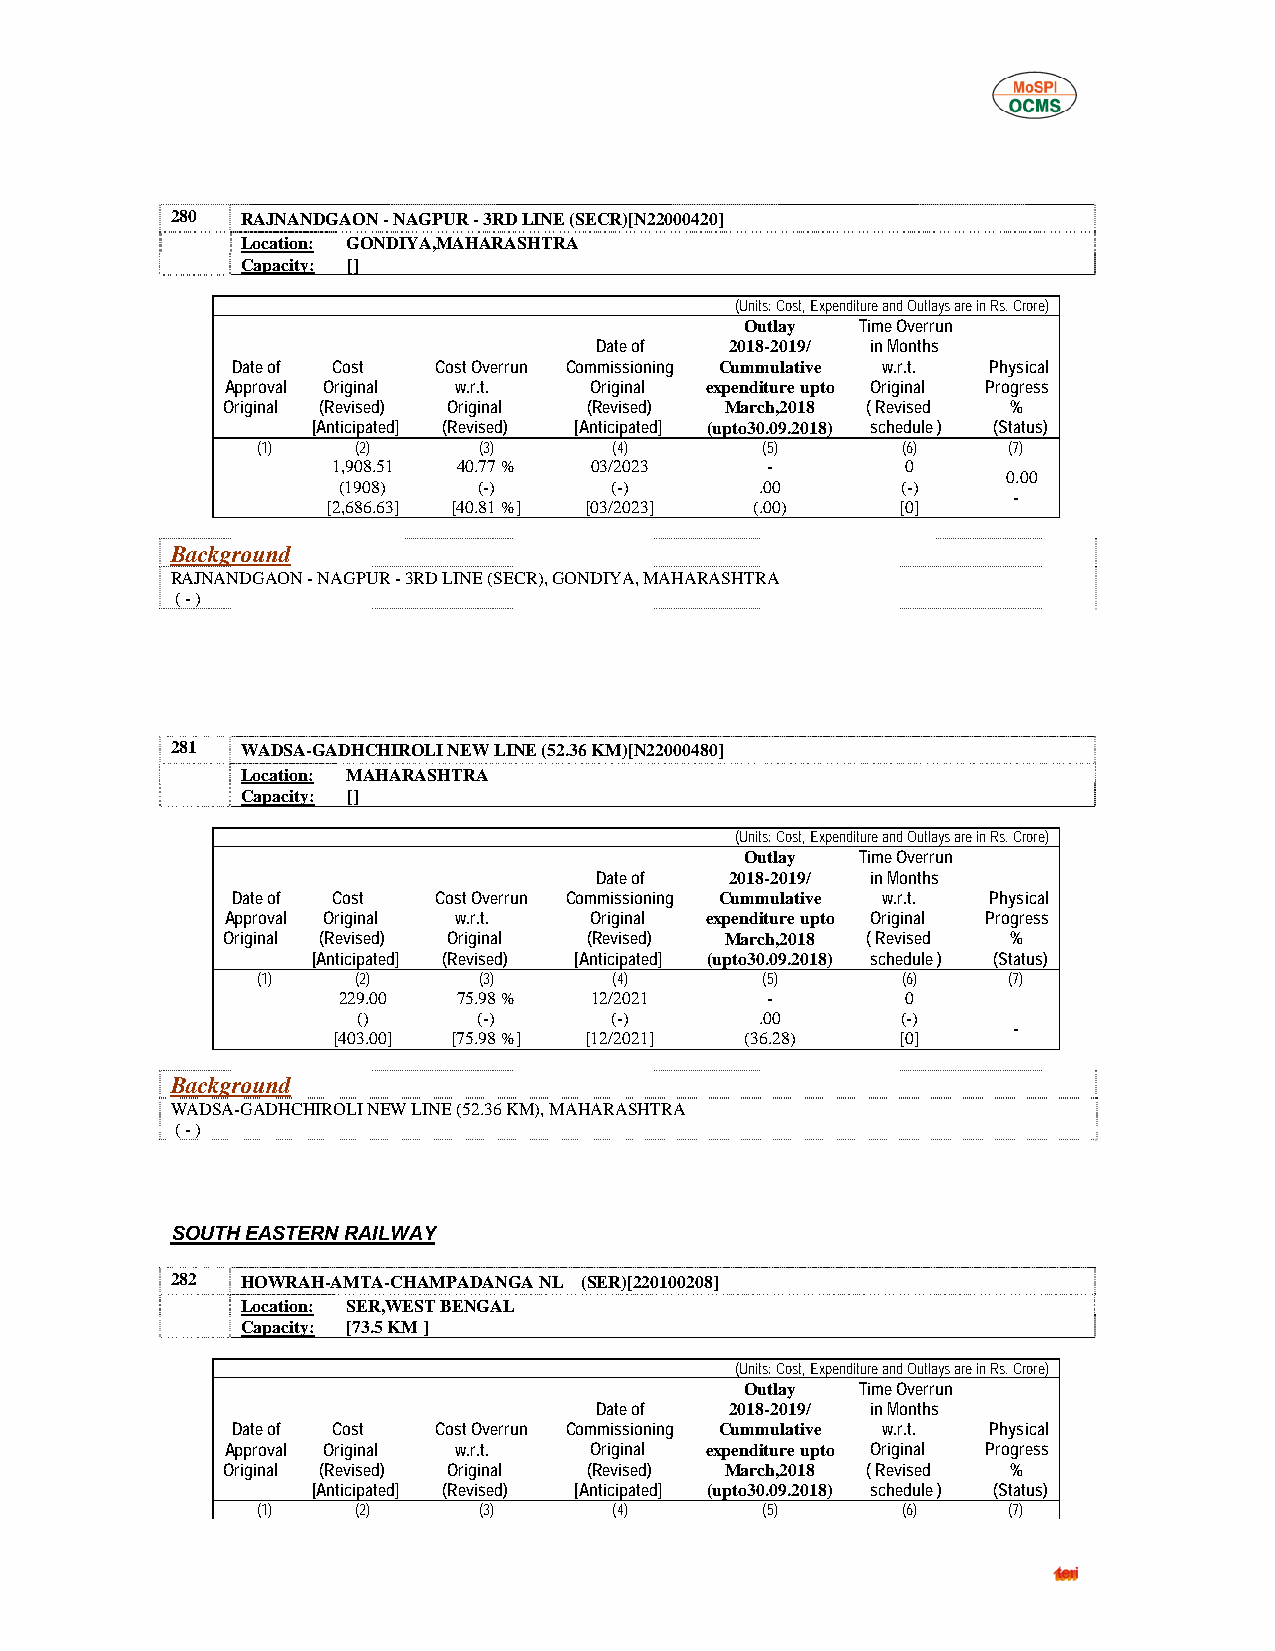
280  RAJNANDGAON - NAGPUR - 3RD LINE (SECR)[N22000420]
 Location: GONDIYA,MAHARASHTRA
 Capacity: []
 (Units: Cost, Expenditure and Outlays are in Rs. Crore)
 Outlay  Time Overrun
 Date of  2018-2019/ in Months
 Date of Cost  Cost Overrun Commissioning Cummulative w.r.t. Physical
 Approval Original w.r.t. Original expenditure upto Original Progress
 Original (Revised) Original (Revised) March,2018 ( Revised %
 [Anticipated] (Revised) [Anticipated] (upto30.09.2018) schedule ) (Status)
 (1)    (2)     (3)      (4)      (5)       (6)    (7)
 1,908.51 40.77 % 03/2023     -        0
 0.00
 (1908)    (-)     (-)       .00       (-)
 -
 [2,686.63] [40.81 %] [03/2023] (.00)  [0]
 Background
 RAJNANDGAON - NAGPUR - 3RD LINE (SECR), GONDIYA, MAHARASHTRA
 ( - )
 281  WADSA-GADHCHIROLI NEW LINE (52.36 KM)[N22000480]
 Location: MAHARASHTRA
 Capacity: []
 (Units: Cost, Expenditure and Outlays are in Rs. Crore)
 Outlay  Time Overrun
 Date of  2018-2019/ in Months
 Date of Cost  Cost Overrun Commissioning Cummulative w.r.t. Physical
 Approval Original w.r.t. Original expenditure upto Original Progress
 Original (Revised) Original (Revised) March,2018 ( Revised %
 [Anticipated] (Revised) [Anticipated] (upto30.09.2018) schedule ) (Status)
 (1)    (2)     (3)      (4)      (5)       (6)    (7)
 229.00  75.98 %  12/2021     -        0
 ()      (-)     (-)       .00       (-)
 -
 [403.00] [75.98 %] [12/2021] (36.28)  [0]
 Background
 WADSA-GADHCHIROLI NEW LINE (52.36 KM), MAHARASHTRA
 ( - )
 SOUTH EASTERN RAILWAY
 282  HOWRAH-AMTA-CHAMPADANGA NL (SER)[220100208]
 Location: SER,WEST BENGAL
 Capacity: [73.5 KM ]
 (Units: Cost, Expenditure and Outlays are in Rs. Crore)
 Outlay  Time Overrun
 Date of  2018-2019/ in Months
 Date of Cost  Cost Overrun Commissioning Cummulative w.r.t. Physical
 Approval Original w.r.t. Original expenditure upto Original Progress
 Original (Revised) Original (Revised) March,2018 ( Revised %
 [Anticipated] (Revised) [Anticipated] (upto30.09.2018) schedule ) (Status)
 (1)    (2)     (3)      (4)      (5)       (6)    (7)